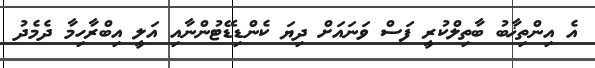
އެ އިންތިޚާބު ބާތިލްކުރީ ފަސް ވަނައަށް ދިޔަ ކެންޑިޑޭޓުންނާއި އަލީ އިބްރާހިމާ ދެމެދު